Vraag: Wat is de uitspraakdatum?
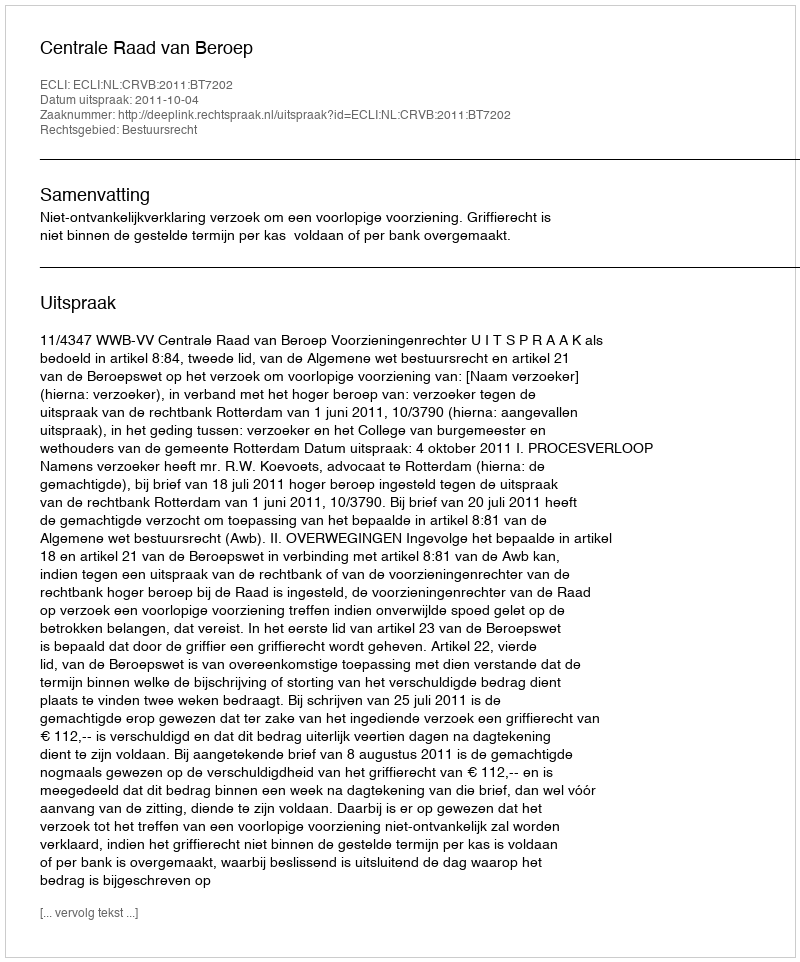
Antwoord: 2011-10-04